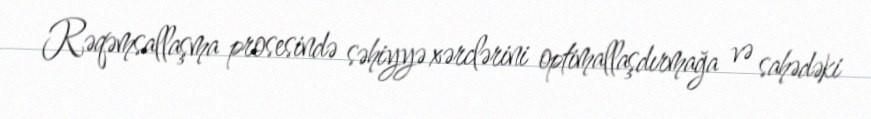
Rəqəmsallaşma prosesində səhiyyə xərclərini optimallaşdırmağa və sahədəki